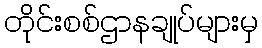
တိုင်းစစ်ဌာနချုပ်များမှ